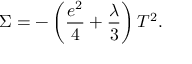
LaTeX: \Sigma = - \left( \frac { e ^ { 2 } } { 4 } + \frac { \lambda } { 3 } \right) T ^ { 2 } .